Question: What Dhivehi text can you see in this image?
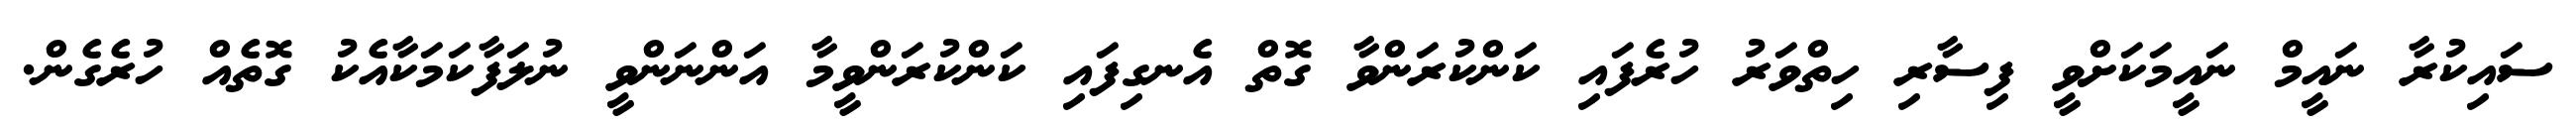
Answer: ސައިކުރާ ނައީމް ނައީމަކަށްވީ ފިސާރި ހިތްވަރު ހުރެފައި ކަންކުރަންވާ ގޮތް އެނގިފައި ކަންކުރަންވީމާ އަންނަންވީ ނުލަފާކަމަކާއެކު ގޮތެއް ހުރެގެން.